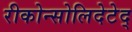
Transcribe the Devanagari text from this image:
रीकोन्सोलिदेटेद्